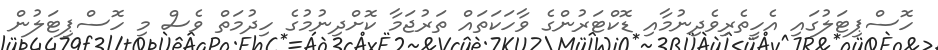
ހޮސްޕިޓަލުގައި އެހީތެރިވެދިނުމާއި ޑޮކްޓަރުންގެ ވާހަކަތައް ތަރުޖަމާ ކޮށްދިނުމުގެ ހިދުމަތް ވެސް މި ހޮސްޕިޓަލުން